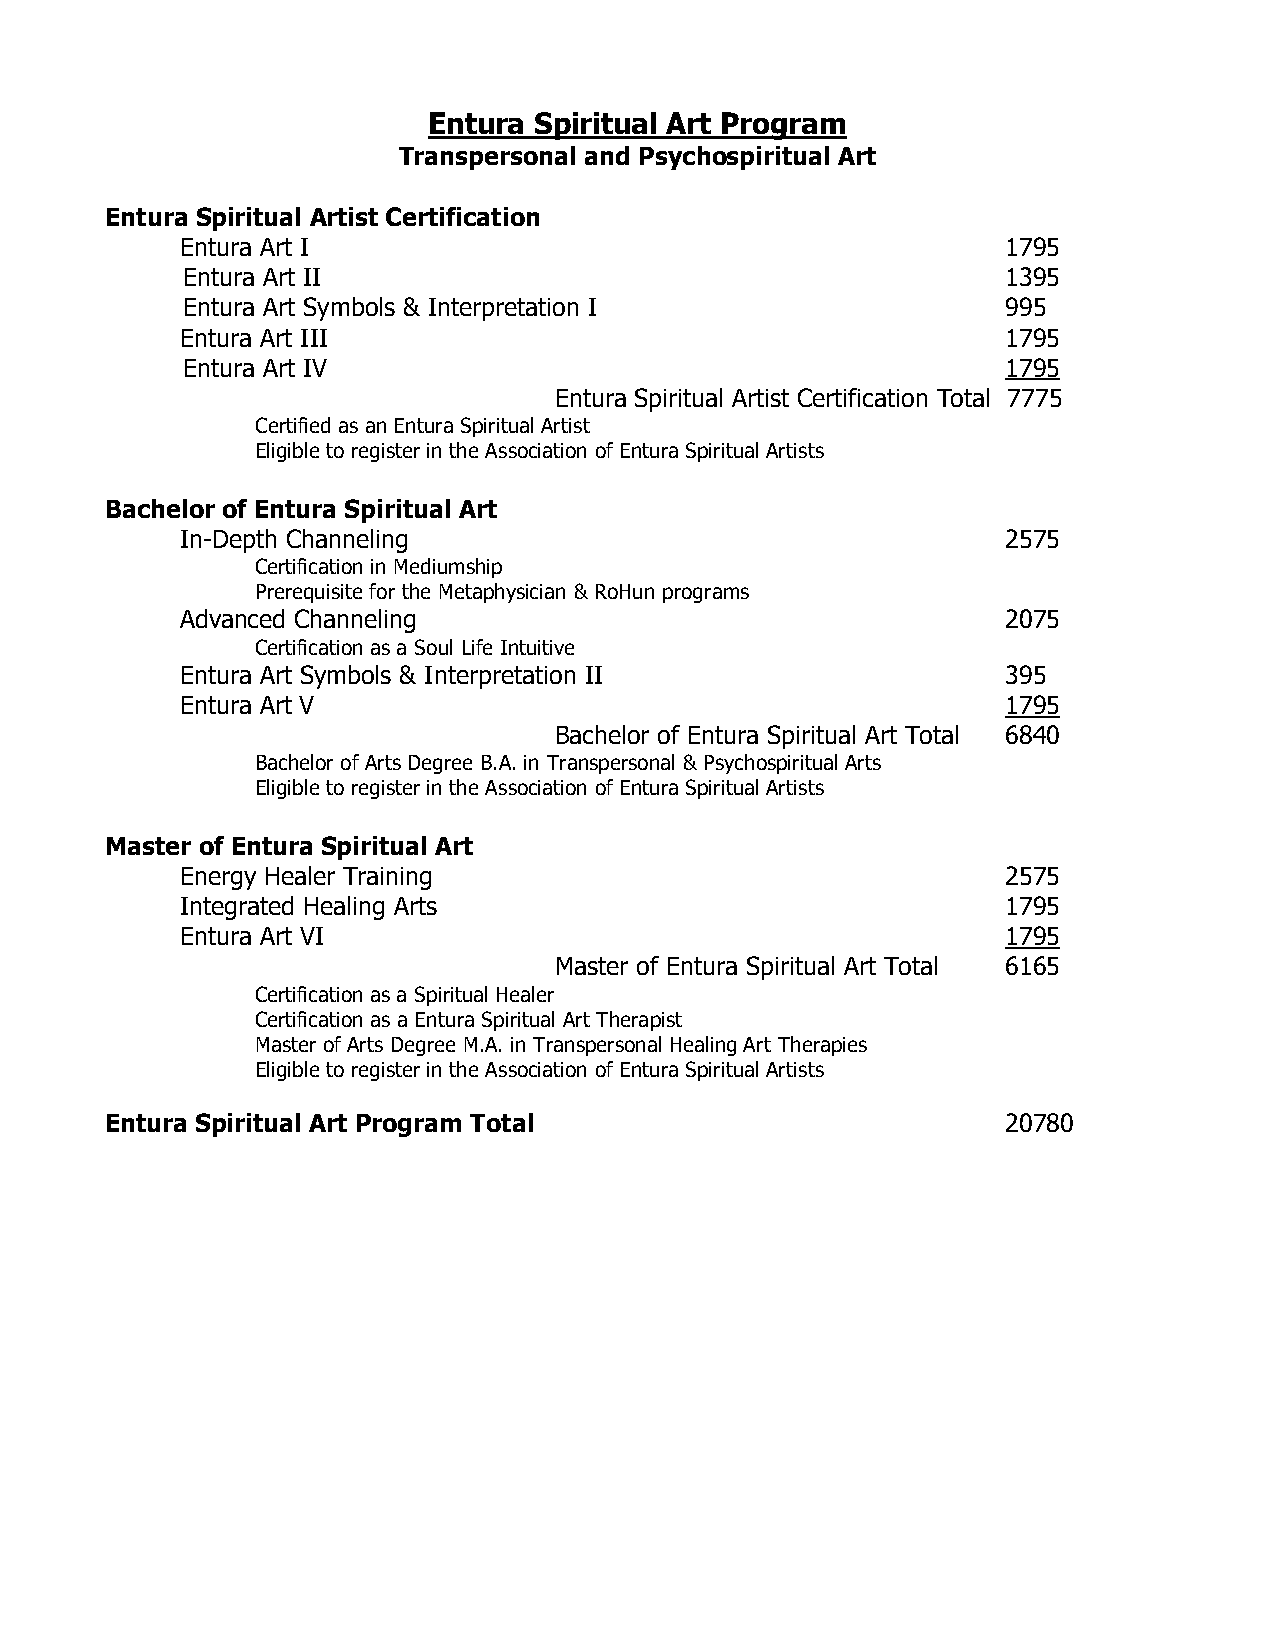
Entura Spiritual Art Program
 Transpersonal and Psychospiritual Art
 Entura Spiritual Artist Certification
 Entura Art I                                           1795
 Entura Art II                                          1395
 Entura Art Symbols & Interpretation I                  995
 Entura Art III                                         1795
 Entura Art IV                                          1795
 Entura Spiritual Artist Certification Total 7775
 Certified as an Entura Spiritual Artist
 Eligible to register in the Association of Entura Spiritual Artists
 Bachelor of Entura Spiritual Art
 In-Depth Channeling                                    2575
 Certification in Mediumship
 Prerequisite for the Metaphysician & RoHun programs
 Advanced Channeling                                    2075
 Certification as a Soul Life Intuitive
 Entura Art Symbols & Interpretation II                 395
 Entura Art V                                           1795
 Bachelor of Entura Spiritual Art Total 6840
 Bachelor of Arts Degree B.A. in Transpersonal & Psychospiritual Arts
 Eligible to register in the Association of Entura Spiritual Artists
 Master of Entura Spiritual Art
 Energy Healer Training                                 2575
 Integrated Healing Arts                                1795
 Entura Art VI                                          1795
 Master of Entura Spiritual Art Total 6165
 Certification as a Spiritual Healer
 Certification as a Entura Spiritual Art Therapist
 Master of Arts Degree M.A. in Transpersonal Healing Art Therapies
 Eligible to register in the Association of Entura Spiritual Artists
 Entura Spiritual Art Program Total                          20780